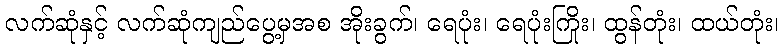
လက်ဆုံနှင့် လက်ဆုံကျည်ပွေ့မှအစ အိုးခွက်၊ ရေပုံး၊ ရေပုံးကြိုး၊ ထွန်တုံး၊ ထယ်တုံး၊